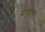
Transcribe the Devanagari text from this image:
पान्देली